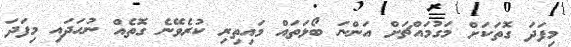
މިފަދަ ގޮތަކަށް މަގުމައްޗަށް އަންނަ ބޯޅަތައް މައިތިރި ކުރެވޭނެ ގޮތެއް ނުހަދައި މިފަދަ